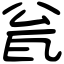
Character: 瓮